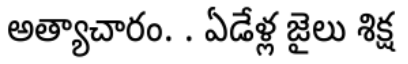
అత్యాచారం. . ఏడేళ్ల జైలు శిక్ష